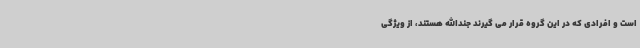
است و افرادی که در این گروه قرار می گیرند جندالله هستند، از ویژگی